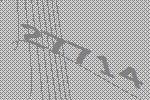
27714